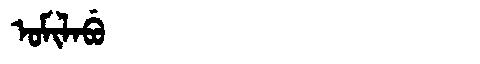
Manchu: ᠣᠮᡳᠯᠠᠪᡠ
Romanization: OMILABU